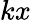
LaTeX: kx